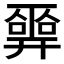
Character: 𢍮